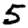
Digit: 5